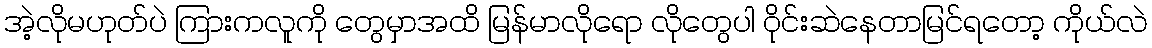
အဲ့လိုမဟုတ်ပဲ ကြားကလူကို တွေမှာအထိ မြန်မာလိုရော လိုတွေပါ ဝိုင်းဆဲနေတာမြင်ရတော့ ကိုယ်လဲ